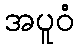
အပူဝံ